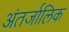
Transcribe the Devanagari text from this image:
अंतर्जालिक